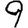
Digit: 9